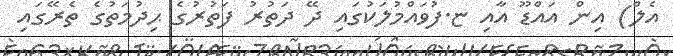
އެލް) އިން އައްޑޫ އާއި ޏ.ފުވައްމުލަކުގައި ދޭ ދަތުރު ފަތުރުގެ ޙިދުމަތުގެ ތެރޭގައި